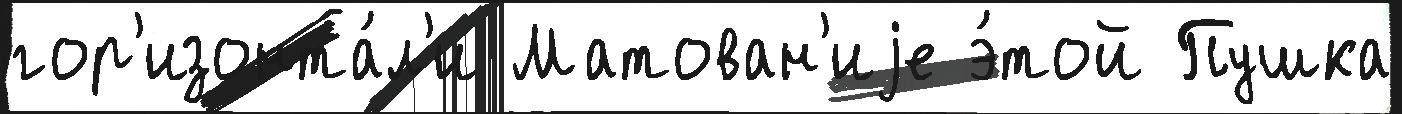
гор'изонта́л'и Матован'иjе э́той Пушка